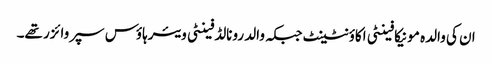
ان کی والدہ مونیکا فینٹی اکاؤنٹینٹ جبکہ والد رونالڈ فینٹی ویئرہاؤس سپروائزر تھے۔